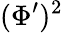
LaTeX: (\Phi^{\prime})^{2}